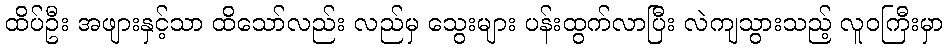
ထိပ်ဦး အဖျားနှင့်သာ ထိသော်လည်း လည်မှ သွေးများ ပန်းထွက်လာပြီး လဲကျသွားသည့် လူဝကြီးမှာ